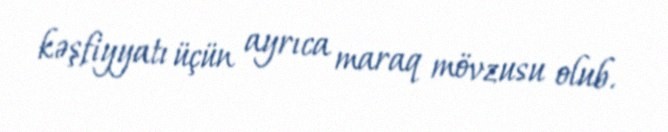
kəşfiyyatı üçün ayrıca maraq mövzusu olub.